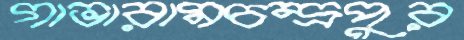
গাভারামচন্দ্রপুর